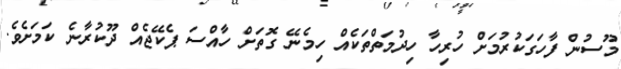
މޫސުން ފާހަގަކުރުމަށް ހުރިހާ ހިދުމަތްތަކެއް ހިމެނޭ ގޮތަށް ހާއްސަ ޕެކޭޖެއް ދޫކުރާނެ ކަމަށެވެ.